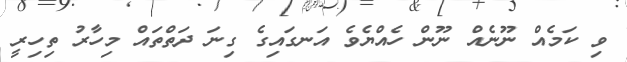
ވި ކަމެއް ނޫނެއް ނޫން ހެއްޔެވެ އަނގައިގެ ގިނަ ދަތްތައް މިހާރު ތިހިރީ